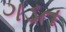
ગડત